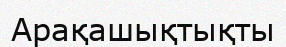
Арақашықтықты